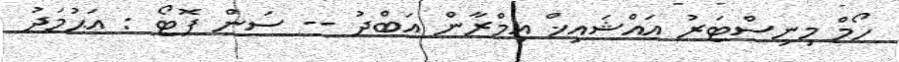
ހޯމް މިނިސްޓަރު އައްޝައިޚް އިމްރާން އަބްދު -- ސަން ފޮޓޯ : އަޙުމަދު